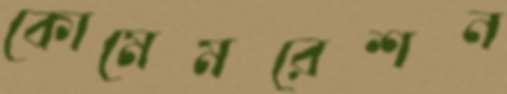
কোমেমরেশন